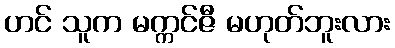
ဟင် သူက မက္ကင်ဇီ မဟုတ်ဘူးလား